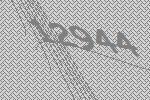
12944